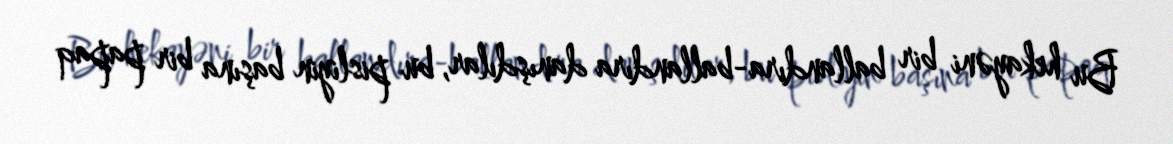
Bu hekayəni bir ballandıra-ballandıra danışdılar, bu pisliyin başına bir papaq